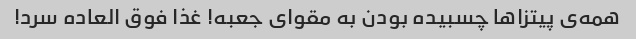
همه‌ی پیتزاها چسبیده بودن به مقوای جعبه! غذا فوق العاده سرد!